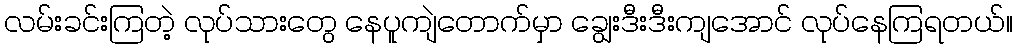
လမ်းခင်းကြတဲ့ လုပ်သားတွေ နေပူကျဲတောက်မှာ ချွေးဒီးဒီးကျအောင် လုပ်နေကြရတယ်။